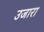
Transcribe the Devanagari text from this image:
उजारा